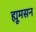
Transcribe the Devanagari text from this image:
ह्यूमसन